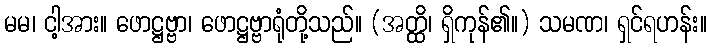
မမ၊ ငါ့အား။ ဖောဋ္ဌဗ္ဗာ၊ ဖောဋ္ဌဗ္ဗာရုံတို့သည်။ (အတ္ထိ၊ ရှိကုန်၏။) သမဏ၊ ရှင်ရဟန်း။